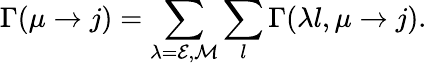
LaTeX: \Gamma(\mu\to j)=\sum_{\lambda=\mathcal{E},\mathcal{M}}\sum_{l}\Gamma(\lambda l,\mu\to j).